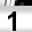
Digit: 1